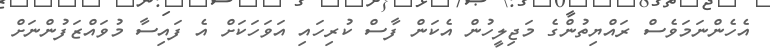
އެހެންނަމަވެސް ރައްޔިތުންގެ މަޖިލީހުން އެކަން ފާސް ކުރިހައި އަވަހަކަށް އެ ފައިސާ މުވައްޒަފުންނަށް